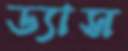
ড্যাস